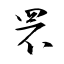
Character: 罘